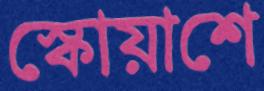
স্কোয়াশে